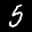
Label: 5